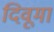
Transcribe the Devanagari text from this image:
दिवूमा